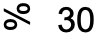
% 30